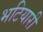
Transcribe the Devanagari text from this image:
भटियारी